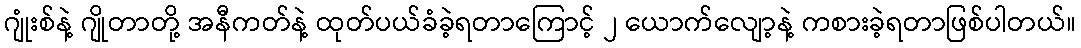
ဂျုံးစ်နဲ့ ဂျိုတာတို့ အနီကတ်နဲ့ ထုတ်ပယ်ခံခဲ့ရတာကြောင့် ၂ ယောက်လျော့နဲ့ ကစားခဲ့ရတာဖြစ်ပါတယ်။